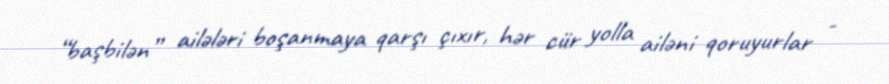
“başbilən” ailələri boşanmaya qarşı çıxır, hər cür yolla ailəni qoruyurlar -